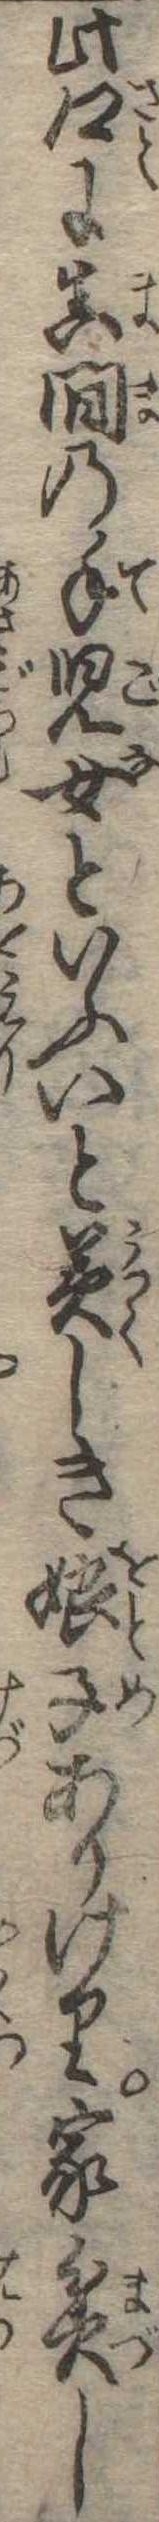
此郷に真間の手児女といふいと美しき娘子ありけり家貧し